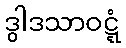
ဒွါဒသာဝဋ္ဋံ